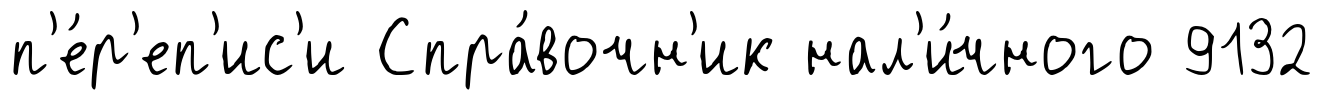
п'е́р'еп'ис'и Спра́вочн'ик нал'и́чного 9132